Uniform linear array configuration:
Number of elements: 32
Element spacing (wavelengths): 0.5
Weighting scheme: binomial
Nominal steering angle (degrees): -15
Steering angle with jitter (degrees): -16.854
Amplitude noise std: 0.05
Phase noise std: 0.05

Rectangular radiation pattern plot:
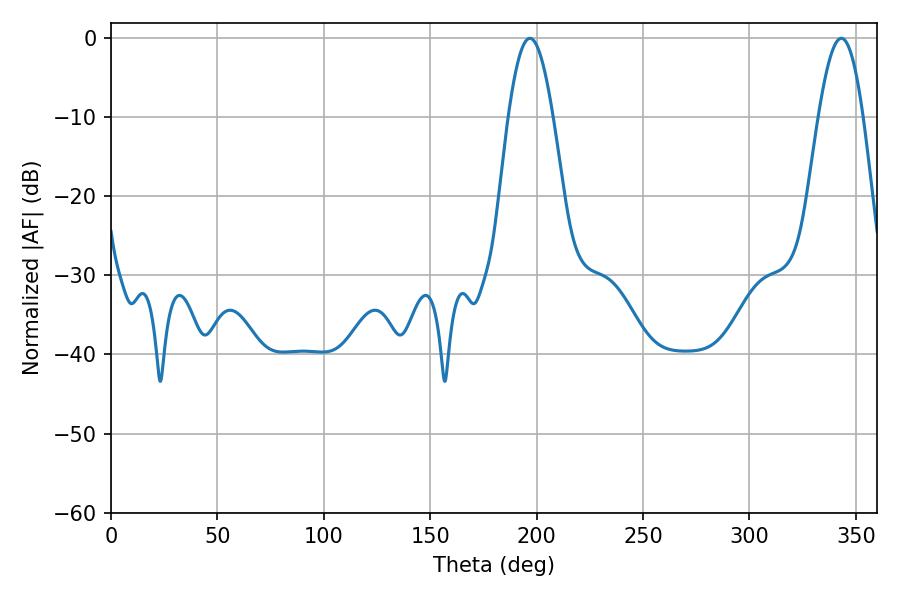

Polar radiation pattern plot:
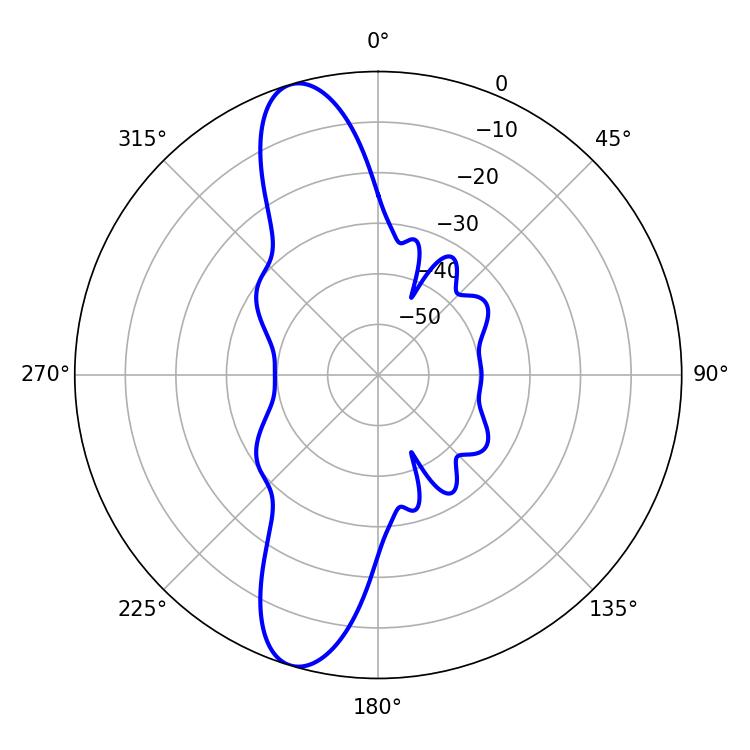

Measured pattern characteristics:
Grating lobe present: FALSE
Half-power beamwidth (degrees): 11.34
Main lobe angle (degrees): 196.74